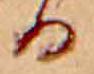
る